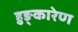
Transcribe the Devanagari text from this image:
हुङ्कारेण